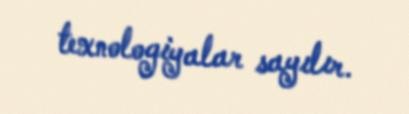
texnologiyalar sayılır.